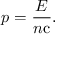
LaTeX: p = { \frac { E } { n \mathrm { c } } } .